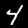
Digit: 4